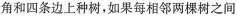
角和四条边上种树，如果每相邻两棵树之间